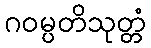
ဂဝမ္ပတိသုတ္တံ